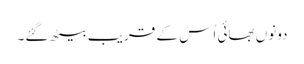
دونوں بھائی اُس کے قریب بیٹھ گئے۔